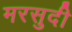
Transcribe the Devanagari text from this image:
मरसुदी